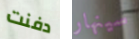
دفنت سينهار